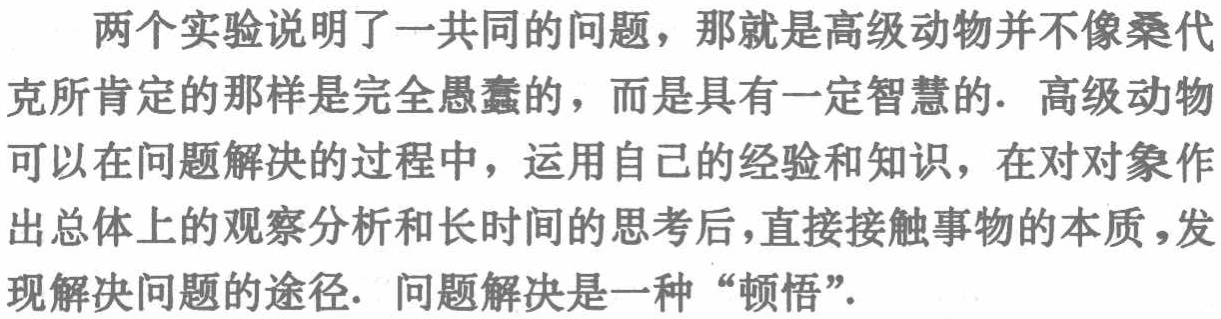
两个实验说明了一共同的问题，那就是高级动物并不像桑代克所肯定的那样是完全愚蠢的，而是具有一定智慧的. 高级动物可以在问题解决的过程中，运用自己的经验和知识，在对对象作出总体上的观察分析和长时间的思考后，直接接触事物的本质，发现解决问题的途径. 问题解决是一种 “顿悟”.